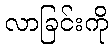
လာခြင်းကို